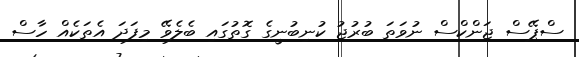
ސްޕޭސް ޖަންކްސް ނުވަތަ ބުރުޖު ކުނިބުނީގެ ގޮތުގައި ބެލެވޭ މިފަދަ އެތަކެއް ހާސް